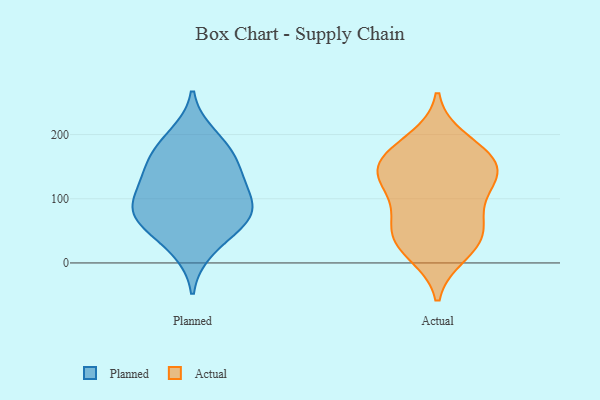
{"axis": {"x": "Budget (USD K)", "y": "Value"}, "legend": ["Actual", "Planned"], "data": [{"x": "", "y": 80, "type": "Planned"}, {"x": "", "y": 135, "type": "Planned"}, {"x": "", "y": 86, "type": "Planned"}, {"x": "", "y": 78, "type": "Planned"}, {"x": "", "y": 70, "type": "Planned"}, {"x": "", "y": 135, "type": "Planned"}, {"x": "", "y": 21, "type": "Planned"}, {"x": "", "y": 54, "type": "Planned"}, {"x": "", "y": 172, "type": "Planned"}, {"x": "", "y": 169, "type": "Planned"}, {"x": "", "y": 112, "type": "Planned"}, {"x": "", "y": 198, "type": "Planned"}, {"x": "", "y": 59, "type": "Actual"}, {"x": "", "y": 15, "type": "Actual"}, {"x": "", "y": 137, "type": "Actual"}, {"x": "", "y": 113, "type": "Actual"}, {"x": "", "y": 162, "type": "Actual"}, {"x": "", "y": 25, "type": "Actual"}, {"x": "", "y": 153, "type": "Actual"}, {"x": "", "y": 173, "type": "Actual"}, {"x": "", "y": 134, "type": "Actual"}, {"x": "", "y": 141, "type": "Actual"}, {"x": "", "y": 87, "type": "Actual"}, {"x": "", "y": 191, "type": "Actual"}, {"x": "", "y": 44, "type": "Actual"}, {"x": "", "y": 47, "type": "Actual"}]}